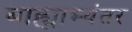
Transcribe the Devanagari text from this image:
बाह्याभ्यंतर